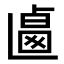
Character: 𠨅